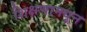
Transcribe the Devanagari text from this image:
शिक्षणामधून